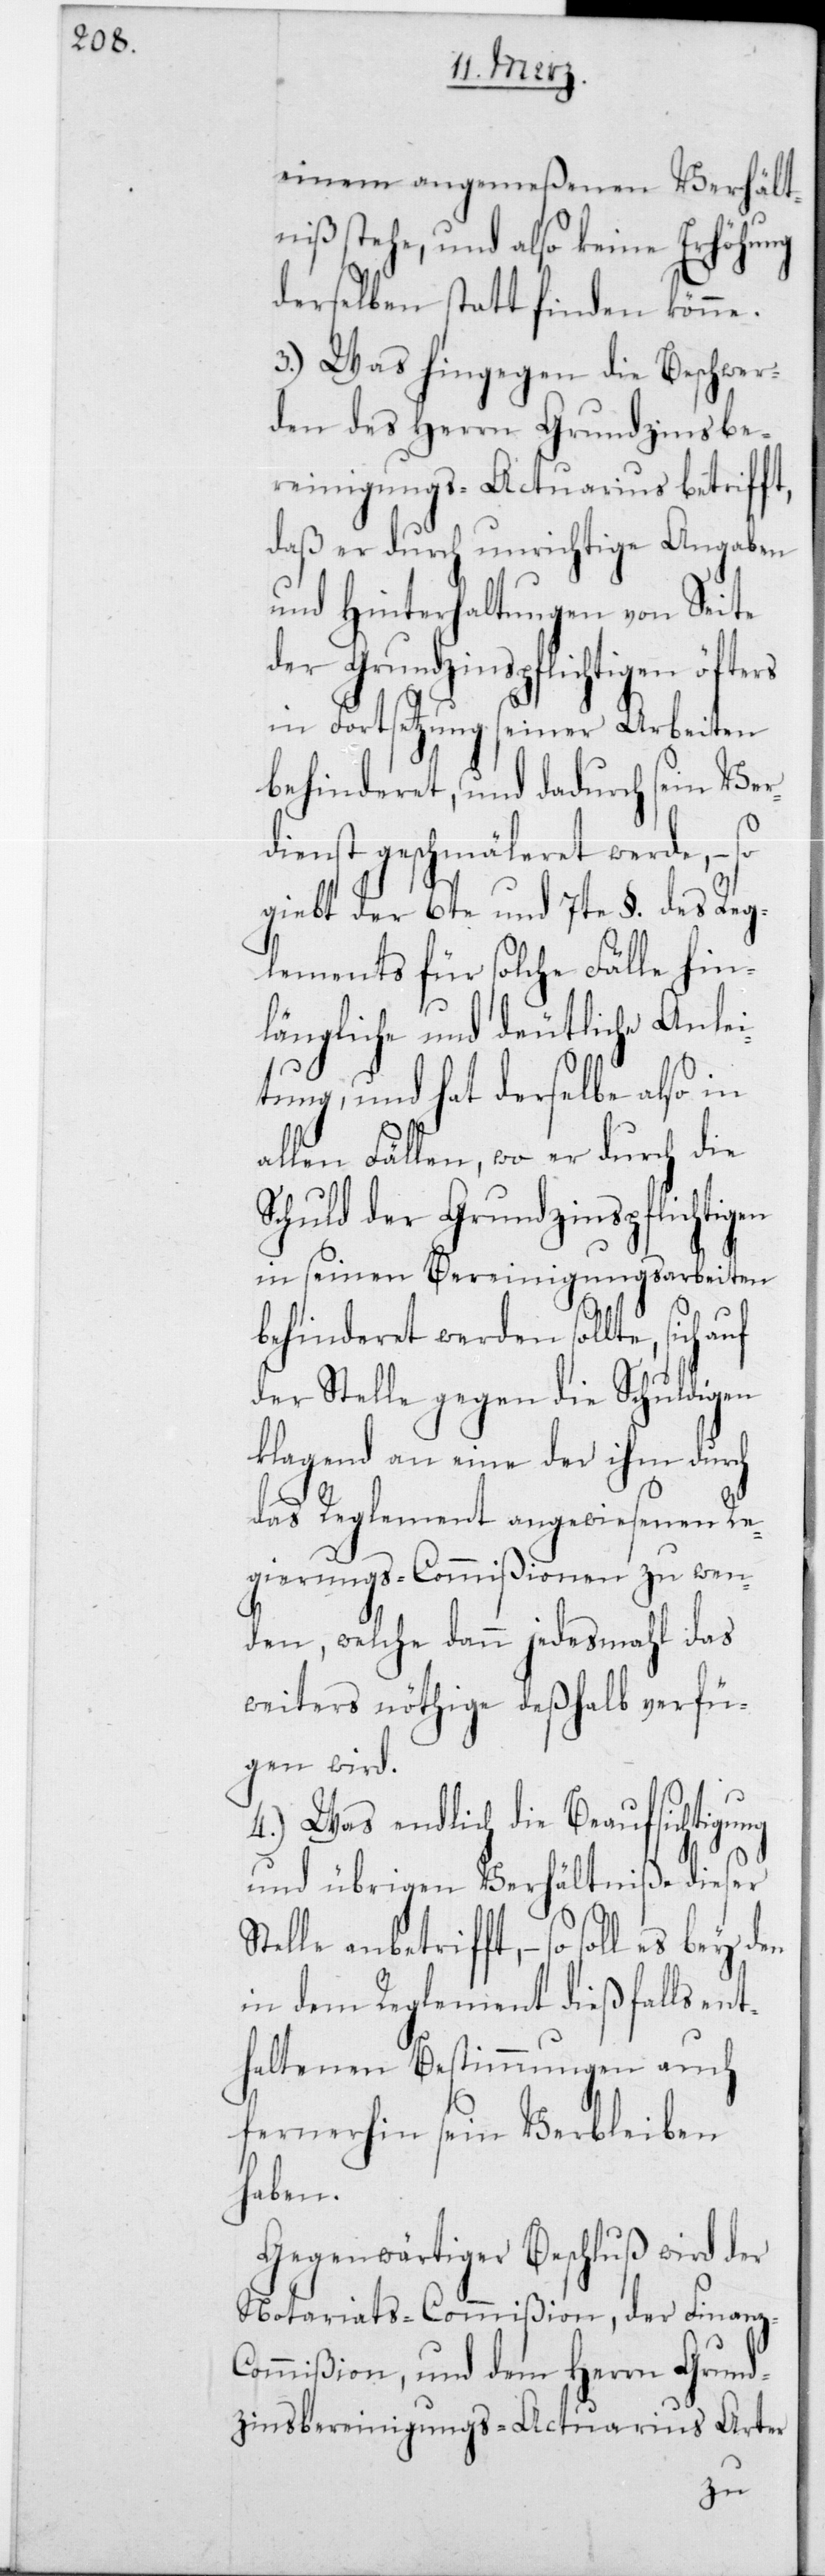
einem angemeßenen Verhält¬
niß stehe, und also keine Erhöhung
derselben stattfinden könne.
3.) Was hingegen die Beschwer¬
den des Herrn Grundzinsbe¬
reinigungs-Actuarius betriff¬
daß er durch unrichtige Angaben
und Hinterhaltungen von Seite
der Grundzinspflichtigen öfters
in Fortsetzung seiner Arbeiten
behinderet, und dadurch sein Ver¬
dienst geschmäleret werde, – so
giebt der 6te und 7te § des Reg¬
lements für solche Fälle hin¬
längliche und deutliche Anlei¬
tung, und hat derselbe also in
allen Fällen, wo er durch die
Schuld der Grundzinspflichtigen
in seinen Bereinigungsarbeiten
behinderet werden sollte, sich
der Stelle gegen die Schuldigen
klagend an eine der ihm durch
t,
auf
das Reglement angewiesenen Re¬
gierungs-Commißionen zu wen¬
den, welche dann jedes Mal das
weiters nöthige deßhalb verfü¬
gen wird.
4.) Was endlich die Beaufsichtigung
und übrigen Verhältniße dieser
Stelle anbetrifft, so soll es bei den
in dem Reglement dießfalls ent¬
haltenen Bestimmungen auch
fernerhin sein Verbleiben
haben.
Gegenwärtiger Beschluß wird der
NotariatsCommißion, der Finanz-C¬
ommißion, und dem Herrn Grund¬
zinsbereinigungs-Actuarius Arter